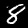
Label: 8